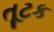
તૂટક